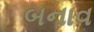
બનાવ